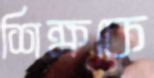
শিক্ষকে